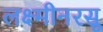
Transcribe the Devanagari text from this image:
लक्ष्मीनरसू